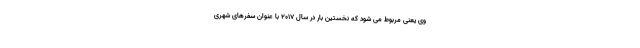
وی یعنی مربوط می شود که نخستین بار در سال 2017 با عنوان سفرهای شهری